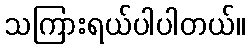
သကြားရယ်ပါပါတယ်။